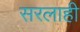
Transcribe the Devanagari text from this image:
सरलाही